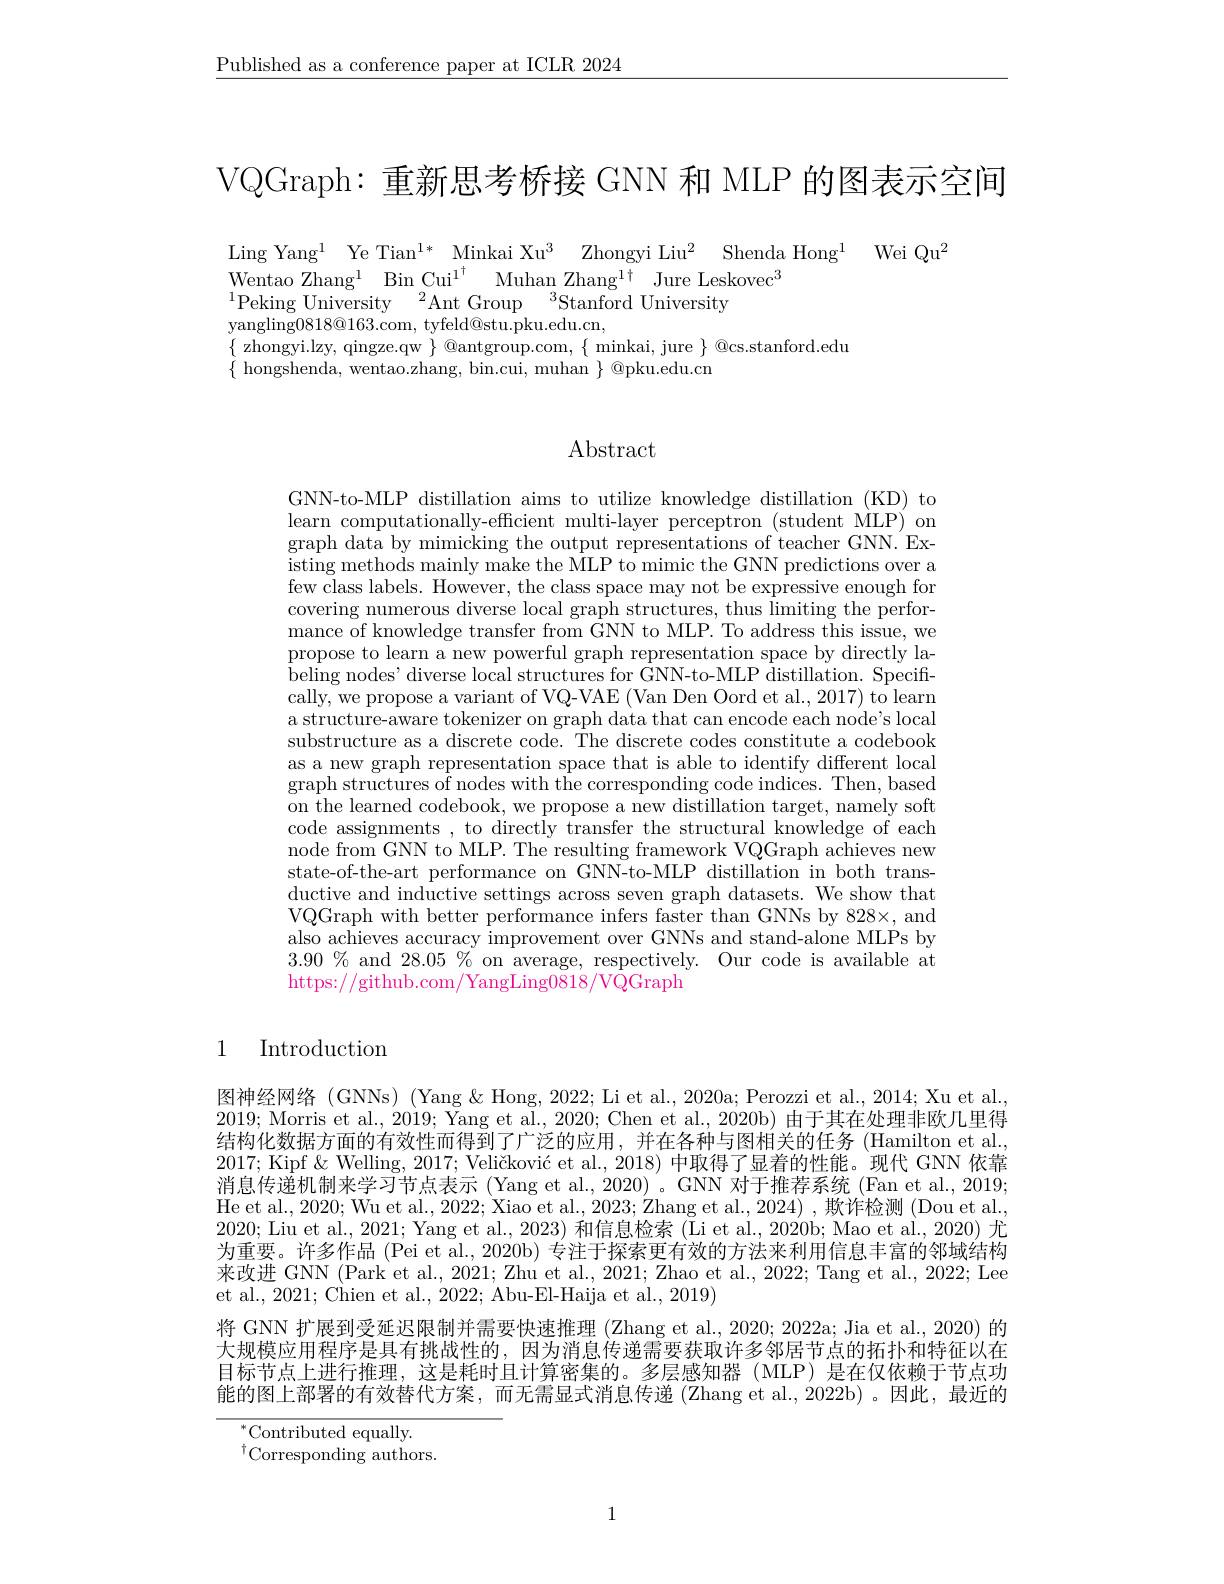
$\underline{\text{Published as a conference paper at ICLR 2024}}$

VQGraph: 重新思考桥接 GNN 和 MLP 的图表示空间

Ling Yang$^1$ Ye Tian$^{1*}$ Minkai Xu$^3$ Zhongyi Liu$^2$ Shenda Hong$^1$ Wei Qu$^2$
Wentao Zhang$^1$ Bin Cui$^1^\dagger\:$Muhan Zhang$^1\dagger$ Jure Leskovec$^3$
$^{1}\bar{\mathrm{Peking~University~}}^{2}$Ant Group$\:^{3}\bar{\mathrm{Stanford~University}}$
yangling$0818@163.$com, tyfeld@stu.pku.edu.cn,
$\{$ zhongyi.lzy, qingze.qw $\}$ @antgroup.com, $\{$ minkai, jure $\}$ @cs.stanford.edu
$\{$ hongshenda, wentao.zhang, bin.cui, muhan $\}$ @pku.edu.cn

## Abstract

GNN-to-MLP distillation aims to utilize knowledge distillation (KD) to learn computationally-efficient multi-layer perceptron (student MLP) on graph data by mimicking the output representations of teacher GNN. Existing methods mainly make the MLP to mimic the GNN predictions over a few class labels. However, the class space may not be expressive enough for covering numerous diverse local graph structures, thus limiting the performance of knowledge transfer from $\tilde{\text{GNN to MLP.}^{\prime}}$To address this issue, we propose to learn a new powerful graph representation space by directly labeling nodes' diverse local structures for GNN-to-MLP distillation. Specifically, we propose a variant of VQ-VAE (Van Den Oord et al., 2017) to learn a structure-aware tokenizer on graph data that can encode each node's local substructure as a discrete code. The discrete codes constitute a codebook as a new graph representation space that is able to identify different local graph structures of nodes with the corresponding code indices. Then, based on the learned codebook, we propose a new distillation target, namely soft code assignments , to directly transfer the structural knowledge of each node from GNN to MLP. The resulting framework VQGraph achieves new state-of-the-art performance on GNN-to-MLP distillation in both transductive and inductive settings across seven graph datasets. We show that VQGraph with better performance infers faster than GNNs by 828×, and also achieves accuracy improvement over GNNs and stand-alone MLPs by $3.90\%$ and $28.05\%$ on average, respectively. Our code is available at https://github.com/YangLing0818/VQGraph

# 1 Introduction

图神经网络 (GNNs) (Yang& Hong, 2022; Li et al., 2020a; Perozzi et al., 2014; Xu et al. 2019; Morris et al., 2019; Yang et al., 2020; Chen et al., 2020b) 由于其在处理非欧几里得结构化数据方面的有效性而得到了广泛的应用，并在各种与图相关的任务(Hamilton et al. 2017; Kipf & Welling, $2017; \text{ Veli\v {c}kovi\' {c}etal. , 2018) 中 取 得 了 显 着 的 性 能 。现 代 GNN 依 靠 }$ 消息传递机制来学习节点表示 (Yang et al., 2020)。GNN 对于推荐系统 (Fan et al., 2019; He et al., 2020; Wu et al., 2022; Xiao et al., 2023; Zhang et al., 2024) , 欺诈检测 (Dou et al. 2020; Liu et al., 2021; Yang et al., 2023) 和信息检索 (Li et al., 2020b; Mao et al., 2020) 尤为重要。许多作品 (Pei et al., 2020b) 专注于探索更有效的方法来利用信息丰富的邻域结构来改进 GNN (Park et al., 2021; Zhu et al., 2021; Zhao et al., 2022; Tang et al., 2022; Lee et al., 2021; Chien et al., 2022; Abu-El-Haija et al., 2019)
将 GNN 扩展到受延迟限制并需要快速推理 (Zhang et al., 2020; 2022a; Jia et al., 2020) 的大规模应用程序是具有挑战性的，因为消息传递需要获取许多邻居节点的拓扑和特征以在目标节点上进行推理，这是耗时且计算密集的。多层感知器(MLP)是在仅依赖于节点功能的图上部署的有效替代方案，而无需显式消息传递 (Zhang et al.,2022b)。因此，最近的
${}^{*}$Contributed equally.

$^{\dagger}$Corresponding authors.

1